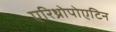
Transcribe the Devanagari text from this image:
एरिथ्रोपोएटिन